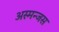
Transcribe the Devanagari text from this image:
अस्मन्जस